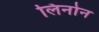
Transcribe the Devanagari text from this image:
लिनोन